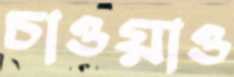
চাওয়াও